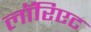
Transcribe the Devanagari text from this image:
लॉरिएट